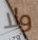
ولا